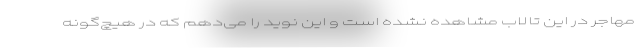
مهاجر در این تالاب مشاهده نشده است و این نوید را می‌دهم که در هیچ‌گونه